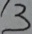
3